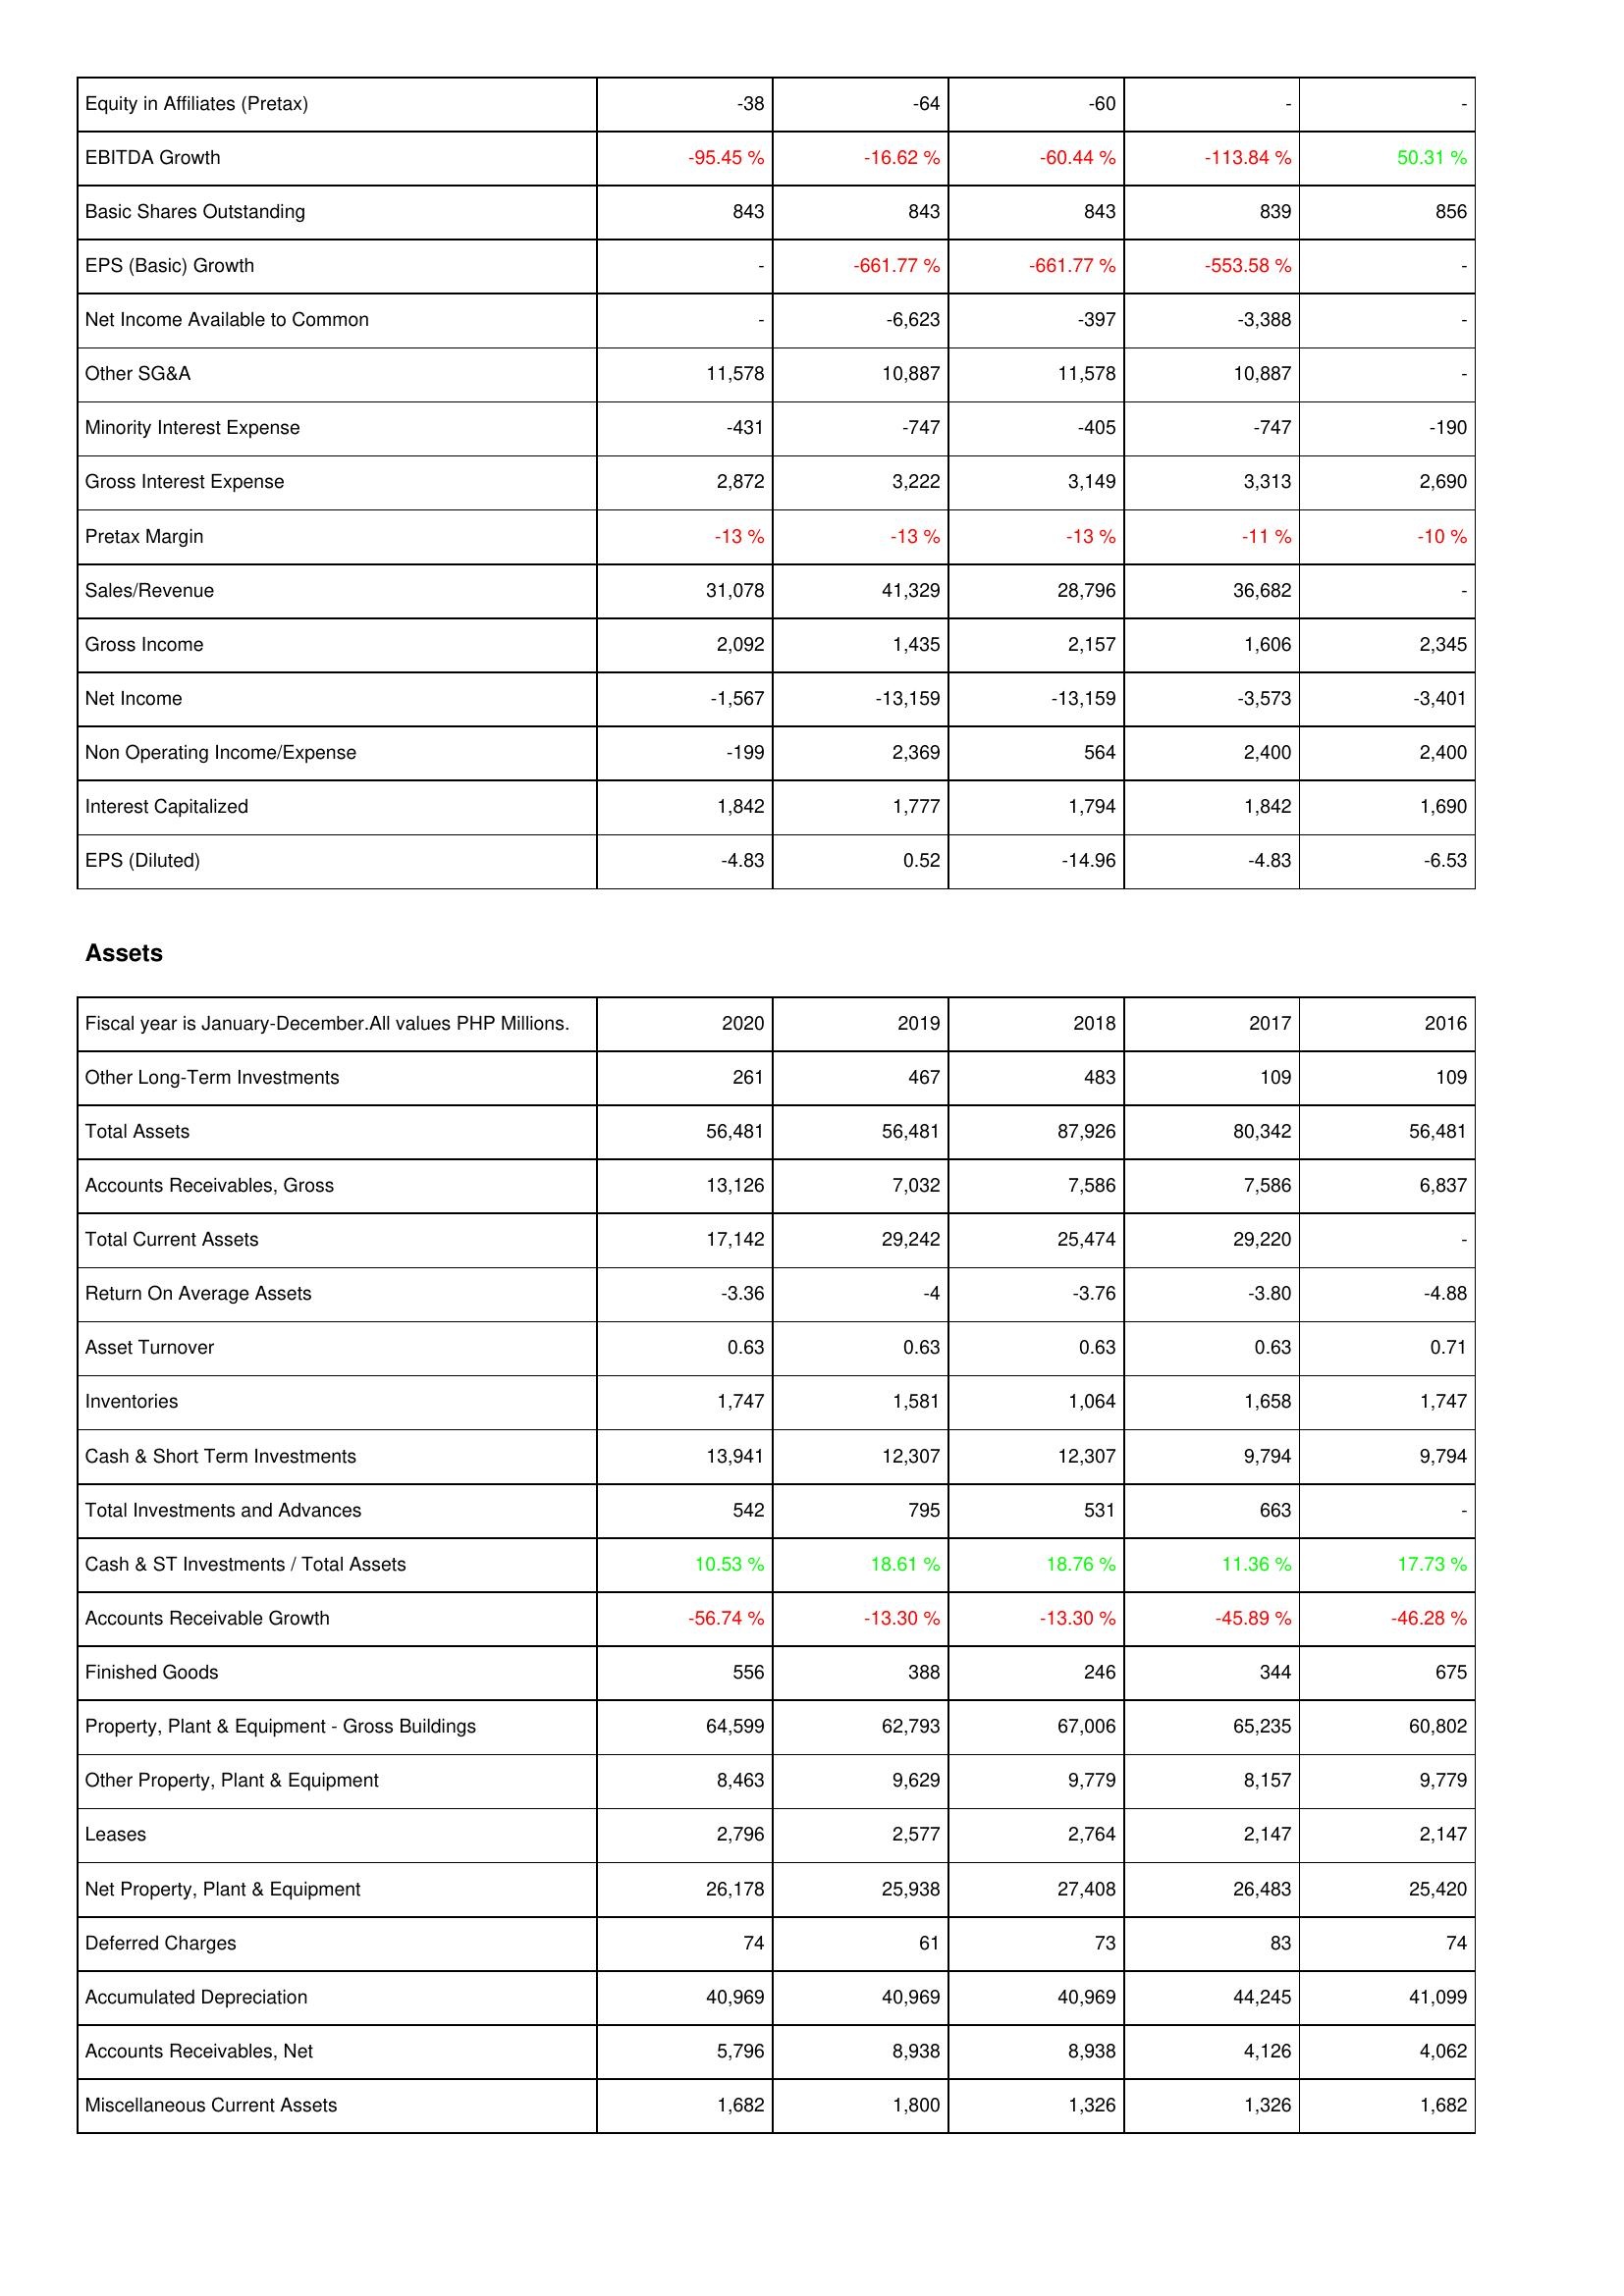
2020: Income Statement: Equity in Affiliates (Pretax): -38
EBITDA Growth: -95.45 %
Basic Shares Outstanding: 843
EPS (Basic) Growth: -
Net Income Available to Common: -
Other SG&A: 11,578
Minority Interest Expense: -431
Gross Interest Expense: 2,872
Pretax Margin: -13 %
Sales/Revenue: 31,078
Gross Income: 2,092
Net Income: -1,567
Non Operating Income/Expense: -199
Interest Capitalized: 1,842
EPS (Diluted): -4.83
Assets: Other Long-Term Investments: 261
Total Assets: 56,481
Accounts Receivables, Gross: 13,126
Total Current Assets: 17,142
Return On Average Assets: -3.36
Asset Turnover: 0.63
Inventories: 1,747
Cash & Short Term Investments: 13,941
Total Investments and Advances: 542
Cash & ST Investments / Total Assets: 10.53 %
Accounts Receivable Growth: -56.74 %
Finished Goods: 556
Property, Plant & Equipment - Gross Buildings: 64,599
Other Property, Plant & Equipment: 8,463
Leases: 2,796
Net Property, Plant & Equipment: 26,178
Deferred Charges: 74
Accumulated Depreciation: 40,969
Accounts Receivables, Net: 5,796
Miscellaneous Current Assets: 1,682
2019: Income Statement: Equity in Affiliates (Pretax): -64
EBITDA Growth: -16.62 %
Basic Shares Outstanding: 843
EPS (Basic) Growth: -661.77 %
Net Income Available to Common: -6,623
Other SG&A: 10,887
Minority Interest Expense: -747
Gross Interest Expense: 3,222
Pretax Margin: -13 %
Sales/Revenue: 41,329
Gross Income: 1,435
Net Income: -13,159
Non Operating Income/Expense: 2,369
Interest Capitalized: 1,777
EPS (Diluted): 0.52
Assets: Other Long-Term Investments: 467
Total Assets: 56,481
Accounts Receivables, Gross: 7,032
Total Current Assets: 29,242
Return On Average Assets: -4
Asset Turnover: 0.63
Inventories: 1,581
Cash & Short Term Investments: 12,307
Total Investments and Advances: 795
Cash & ST Investments / Total Assets: 18.61 %
Accounts Receivable Growth: -13.30 %
Finished Goods: 388
Property, Plant & Equipment - Gross Buildings: 62,793
Other Property, Plant & Equipment: 9,629
Leases: 2,577
Net Property, Plant & Equipment: 25,938
Deferred Charges: 61
Accumulated Depreciation: 40,969
Accounts Receivables, Net: 8,938
Miscellaneous Current Assets: 1,800
2018: Income Statement: Equity in Affiliates (Pretax): -60
EBITDA Growth: -60.44 %
Basic Shares Outstanding: 843
EPS (Basic) Growth: -661.77 %
Net Income Available to Common: -397
Other SG&A: 11,578
Minority Interest Expense: -405
Gross Interest Expense: 3,149
Pretax Margin: -13 %
Sales/Revenue: 28,796
Gross Income: 2,157
Net Income: -13,159
Non Operating Income/Expense: 564
Interest Capitalized: 1,794
EPS (Diluted): -14.96
Assets: Other Long-Term Investments: 483
Total Assets: 87,926
Accounts Receivables, Gross: 7,586
Total Current Assets: 25,474
Return On Average Assets: -3.76
Asset Turnover: 0.63
Inventories: 1,064
Cash & Short Term Investments: 12,307
Total Investments and Advances: 531
Cash & ST Investments / Total Assets: 18.76 %
Accounts Receivable Growth: -13.30 %
Finished Goods: 246
Property, Plant & Equipment - Gross Buildings: 67,006
Other Property, Plant & Equipment: 9,779
Leases: 2,764
Net Property, Plant & Equipment: 27,408
Deferred Charges: 73
Accumulated Depreciation: 40,969
Accounts Receivables, Net: 8,938
Miscellaneous Current Assets: 1,326
2017: Income Statement: Equity in Affiliates (Pretax): -
EBITDA Growth: -113.84 %
Basic Shares Outstanding: 839
EPS (Basic) Growth: -553.58 %
Net Income Available to Common: -3,388
Other SG&A: 10,887
Minority Interest Expense: -747
Gross Interest Expense: 3,313
Pretax Margin: -11 %
Sales/Revenue: 36,682
Gross Income: 1,606
Net Income: -3,573
Non Operating Income/Expense: 2,400
Interest Capitalized: 1,842
EPS (Diluted): -4.83
Assets: Other Long-Term Investments: 109
Total Assets: 80,342
Accounts Receivables, Gross: 7,586
Total Current Assets: 29,220
Return On Average Assets: -3.80
Asset Turnover: 0.63
Inventories: 1,658
Cash & Short Term Investments: 9,794
Total Investments and Advances: 663
Cash & ST Investments / Total Assets: 11.36 %
Accounts Receivable Growth: -45.89 %
Finished Goods: 344
Property, Plant & Equipment - Gross Buildings: 65,235
Other Property, Plant & Equipment: 8,157
Leases: 2,147
Net Property, Plant & Equipment: 26,483
Deferred Charges: 83
Accumulated Depreciation: 44,245
Accounts Receivables, Net: 4,126
Miscellaneous Current Assets: 1,326
2016: Income Statement: Equity in Affiliates (Pretax): -
EBITDA Growth: 50.31 %
Basic Shares Outstanding: 856
EPS (Basic) Growth: -
Net Income Available to Common: -
Other SG&A: -
Minority Interest Expense: -190
Gross Interest Expense: 2,690
Pretax Margin: -10 %
Sales/Revenue: -
Gross Income: 2,345
Net Income: -3,401
Non Operating Income/Expense: 2,400
Interest Capitalized: 1,690
EPS (Diluted): -6.53
Assets: Other Long-Term Investments: 109
Total Assets: 56,481
Accounts Receivables, Gross: 6,837
Total Current Assets: -
Return On Average Assets: -4.88
Asset Turnover: 0.71
Inventories: 1,747
Cash & Short Term Investments: 9,794
Total Investments and Advances: -
Cash & ST Investments / Total Assets: 17.73 %
Accounts Receivable Growth: -46.28 %
Finished Goods: 675
Property, Plant & Equipment - Gross Buildings: 60,802
Other Property, Plant & Equipment: 9,779
Leases: 2,147
Net Property, Plant & Equipment: 25,420
Deferred Charges: 74
Accumulated Depreciation: 41,099
Accounts Receivables, Net: 4,062
Miscellaneous Current Assets: 1,682